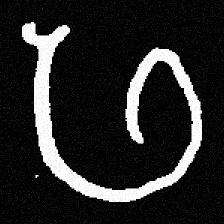
Pyu character \u2014 Myanmar letter: ဖ (romanized: pha)